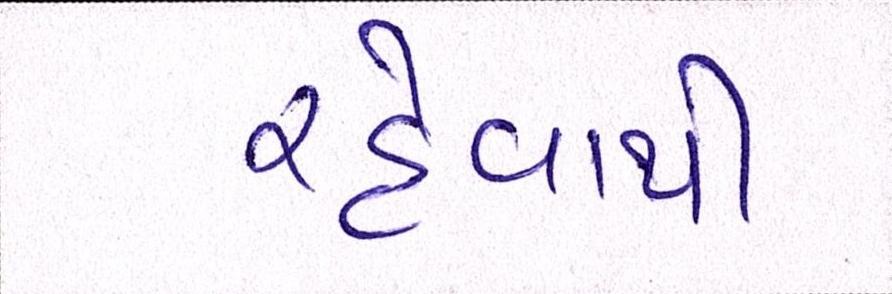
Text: રહેવાથી